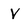
Character: V